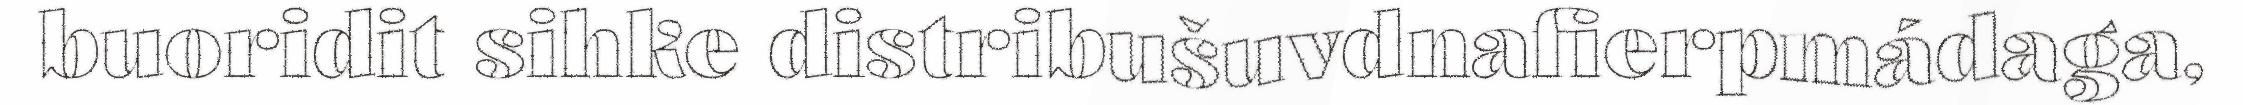
buoridit sihke distribušuvdnafierpmádaga,